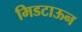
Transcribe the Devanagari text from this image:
मिडटाऊन